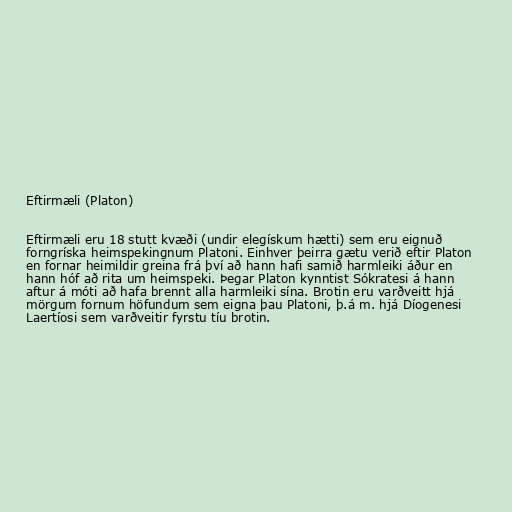
Eftirmæli (Platon)

Eftirmæli eru 18 stutt kvæði (undir elegískum hætti) sem eru eignuð
forngríska heimspekingnum Platoni. Einhver þeirra gætu verið eftir Platon
en fornar heimildir greina frá því að hann hafi samið harmleiki áður en
hann hóf að rita um heimspeki. Þegar Platon kynntist Sókratesi á hann
aftur á móti að hafa brennt alla harmleiki sína. Brotin eru varðveitt hjá
mörgum fornum höfundum sem eigna þau Platoni, þ.á m. hjá Díogenesi
Laertíosi sem varðveitir fyrstu tíu brotin.